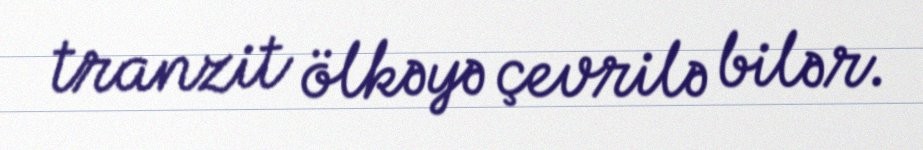
tranzit ölkəyə çevrilə bilər.